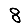
Digit: 8